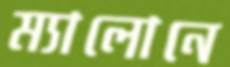
ম্যালোনে